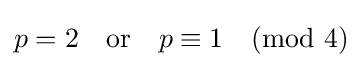
p=2\quad {\mbox{or}}\quad p\equiv 1{\pmod {4}}